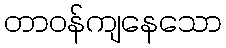
တာဝန်ကျနေသော